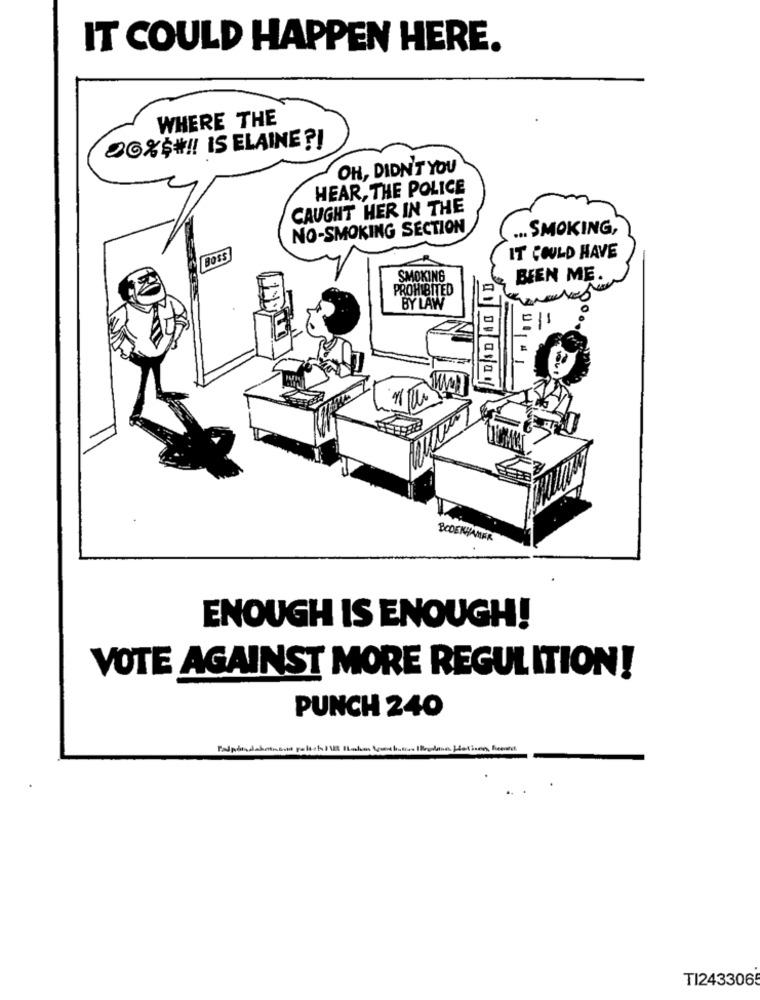
IT COULD HAPPEN HERE.
WHERE THE
OG%$# !! IS ELAINE ?I
OH, DIDN'T YOU
HEAR, THE POLICE
CAUGHT HER IN THE
NO-SMOKING SECTION
... SMOKING,
BOSS
IT COULD HAVE
SMOKING
BEEN ME
PROHIBITED
BY LAW
BODENHAMER
ENOUGH IS ENOUGH!
VOTE AGAINST MORE REGULITION!
PUNCH 240
TI2433065